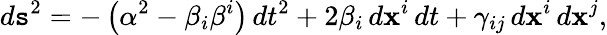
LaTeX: d\mathtt{s}^{2}=-\left(\alpha^{2}-\beta_{i}\beta^{i}\right)\, dt^{2}+2\beta_{i}\, d\mathbf{x}^{i}\, dt+\gamma_{ij}\, d\mathbf{x}^{i}\, d\mathbf{x}^{j},